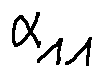
\alpha _ { 1 1 }